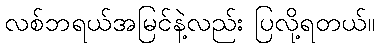
လစ်ဘရယ်အမြင်နဲ့လည်း ပြလို့ရတယ်။